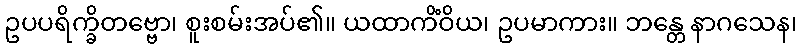
ဥပပရိက္ခိတဗ္ဗော၊ စူးစမ်းအပ်၏။ ယထာကိံဝိယ၊ ဥပမာကား။ ဘန္တေ နာဂသေန၊